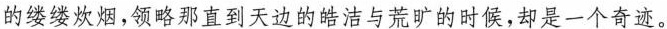
的缕缕炊烟,领略那直到天边的皓洁与荒旷的时候,却是一个奇迹。